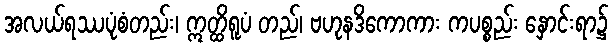
အလယ်ရဿပုံစံတည်း၊ ဣတ္ထိရူပံ တည်၊ ဗဟုနဒိကောကား ကပစ္စည်း နှောင်းရာ၌